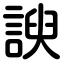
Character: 諛